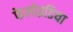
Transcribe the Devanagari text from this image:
फेलोइडिया